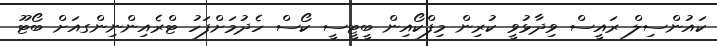
ކައުންސިލް ރައީސް ވިދާޅުވީ ކުރިން މިފްކޯއިން ބީޓީސީ ކޯސް ހެދުމަށްފަހު ޓްރެއިންނިންގއަށް ބޯޓޫ